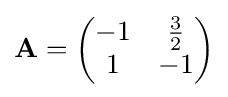
\mathbf {A} ={\begin{pmatrix}-1&{\tfrac {3}{2}}\\1&-1\end{pmatrix}}